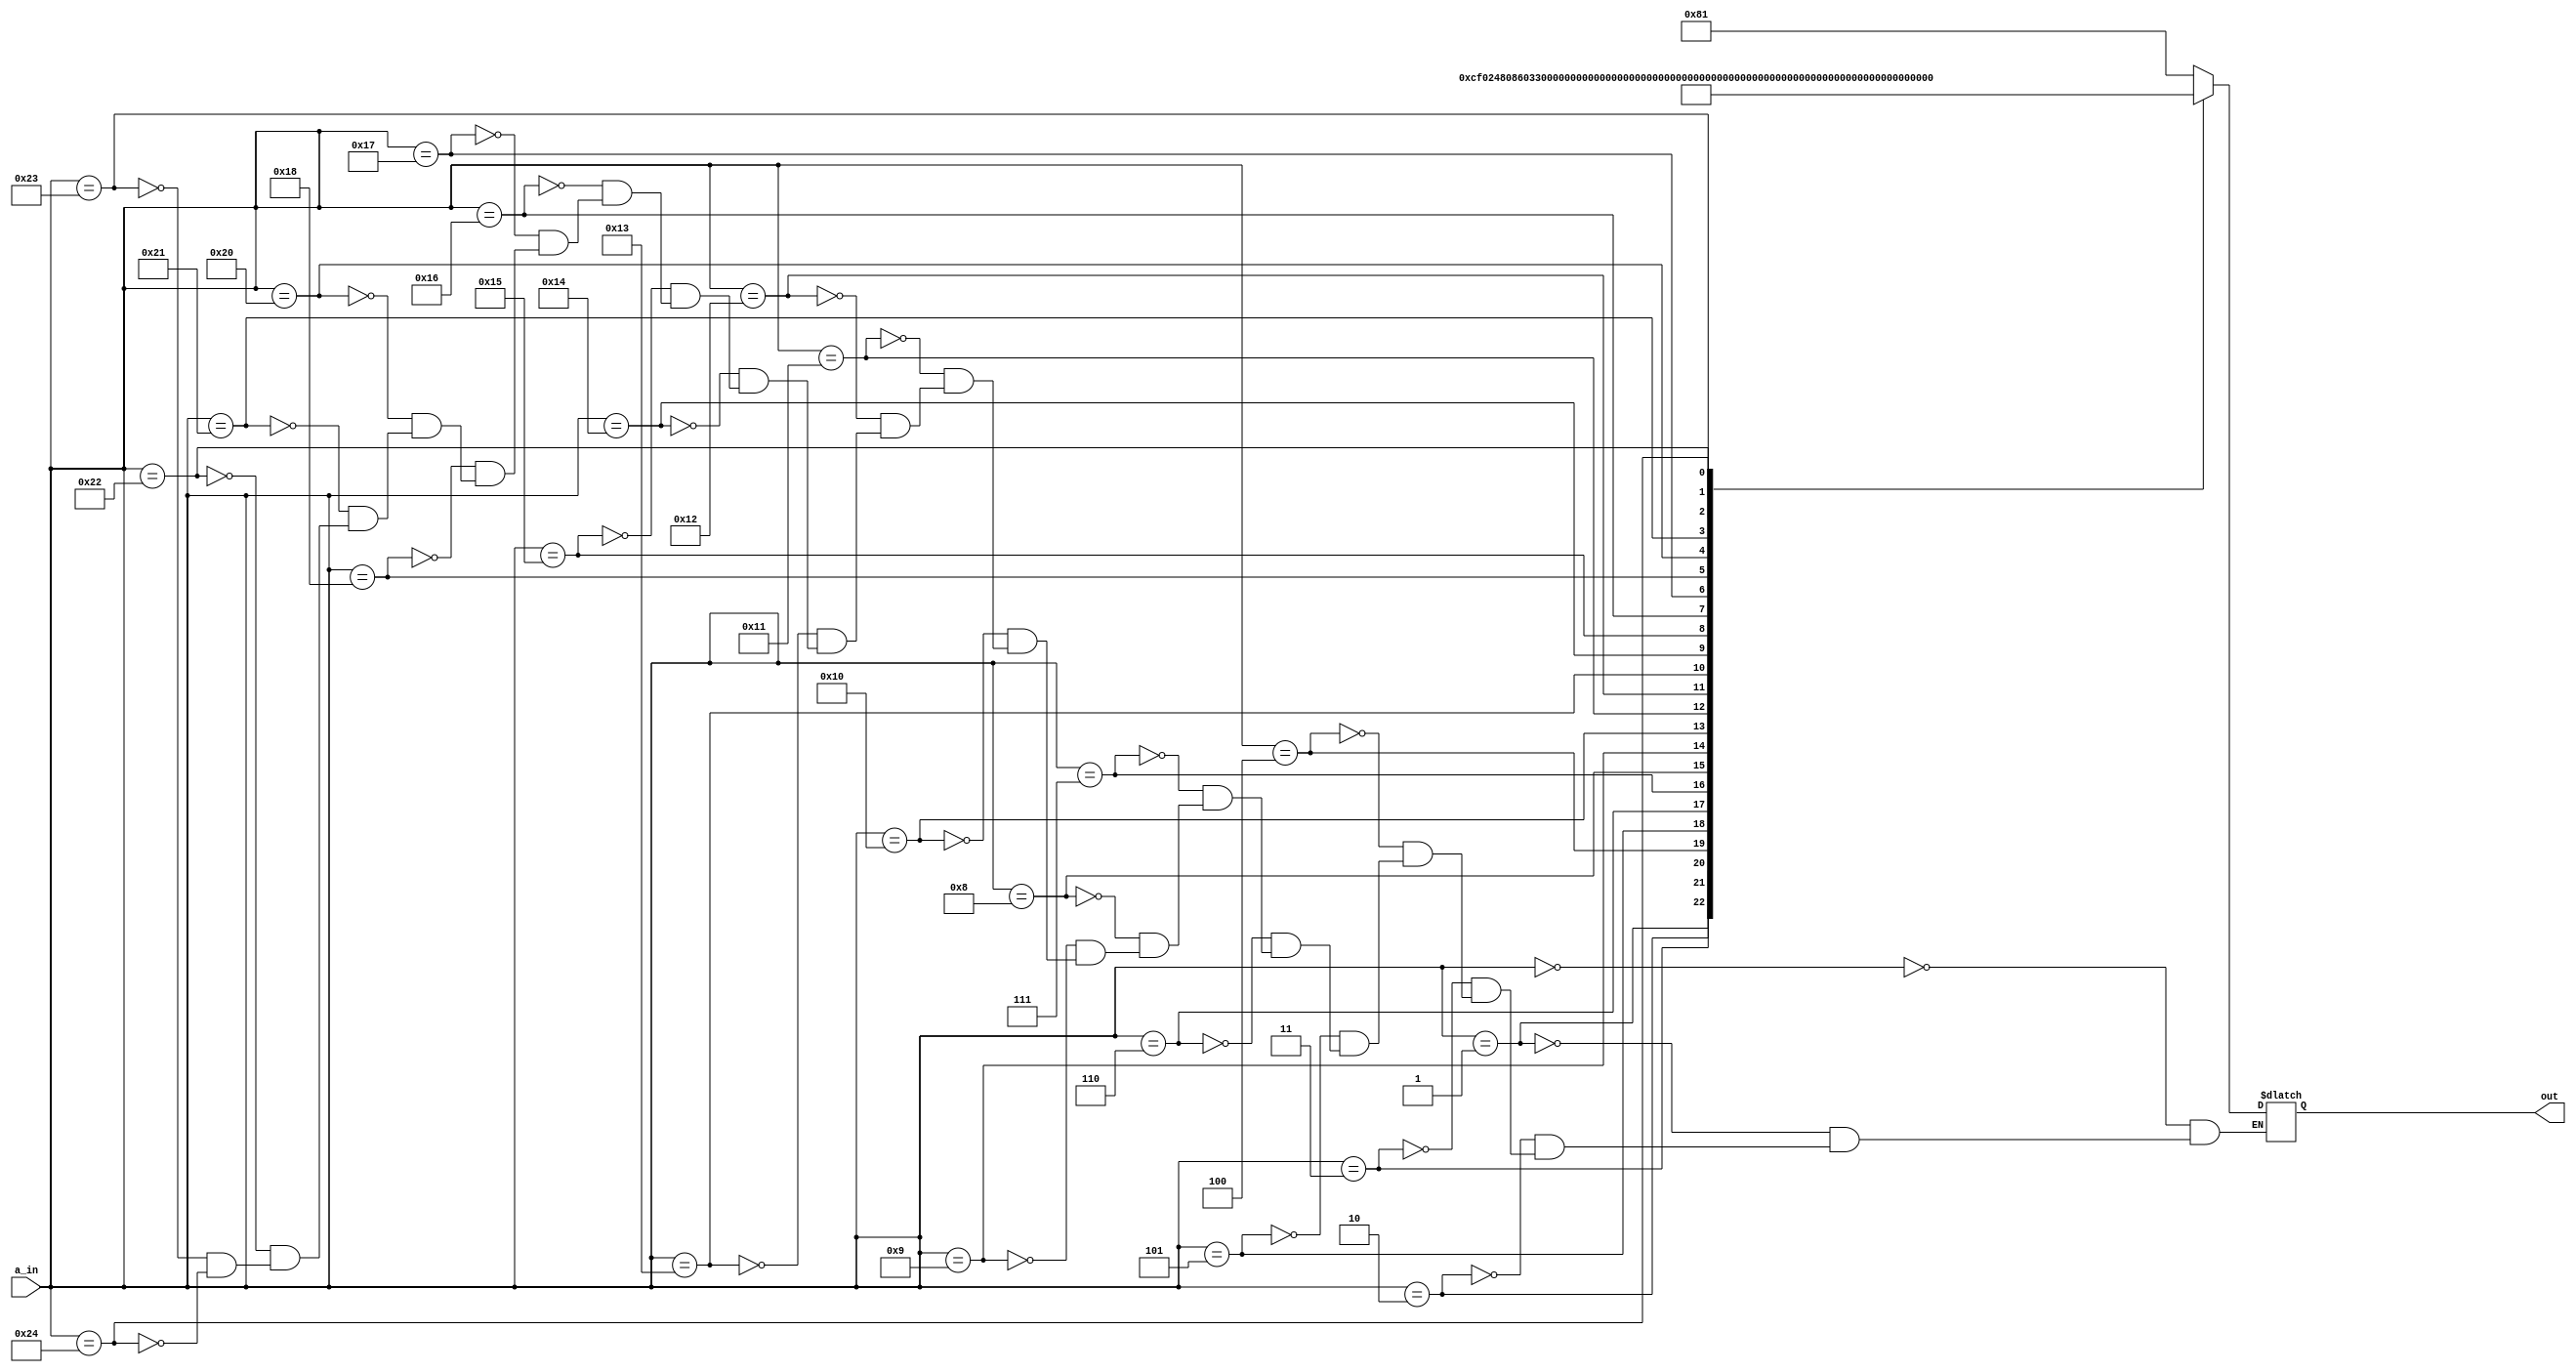
`timescale 1ns / 1ps
//////////////////////////////////////////////////////////////////////////////////
// Company: 
// Engineer: 
// 
// Design Name: 
// Module Name: sevdectwentyfhr
// Project Name: 
// Target Devices: 
// Tool Versions: 
// Description: 
// 
// Dependencies: 
// 
// Revision:
// Revision 0.01 - File Created
// Additional Comments:
// 
//////////////////////////////////////////////////////////////////////////////////


module sevdectwentyfhr(a_in,out);
  input [7:0] a_in;
  output reg [13:0] out;
    always @(*) begin
        case (a_in)
            8'b00000000: out = 14'b00000010000001;//00
            8'b00000001: out = 14'b00000011001111;//01
            8'b00000010: out = 14'b00000010010010;//02
            8'b00000011: out = 14'b00000010000110;//03
            8'b00000100: out = 14'b00000011001100;//04
            8'b00000101: out = 14'b00000010100100;//05
            8'b00000110: out = 14'b00000010100000;//06
            8'b00000111: out = 14'b00000010001111;//07
            8'b00001000: out = 14'b00000010000000;//08
            8'b00001001: out = 14'b00000010000100;//09
            8'b00010000: out = 14'b10011110000001;//10
            8'b00010001: out = 14'b10011111001111;//11
            8'b00010010: out = 14'b10011110010010;//12   
            8'b00010011: out = 14'b10011110000110;//13
            8'b00010100: out = 14'b10011111001100;//14
            8'b00010101: out = 14'b10011110100100;//15
            8'b00010110: out = 14'b10011110100000;//16
            8'b00010111: out = 14'b10011110001111;//17
            8'b00011000: out = 14'b10011110000000;//18
            8'b00010001: out = 14'b10011110000100;//19
            8'b00100000: out = 14'b00100100000001;//20
            8'b00100001: out = 14'b00100101001111;//21
            8'b00100010: out = 14'b00100100010010;//22
            8'b00100011: out = 14'b00100100000110;//23
            8'b00100100: out = 14'b00100101001100;//24
         endcase
       end           
endmodule